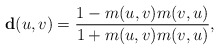
\begin{align*}\mathbf{d}(u, v) = \frac{1- m(u,v)m(v,u)}{1 + m(u,v)m(v,u)}, \end{align*}